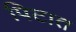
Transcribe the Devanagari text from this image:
पिटात